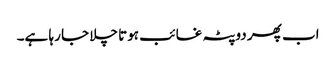
اب پھر دوپٹہ غائب ہوتا چلا جا رہا ہے۔